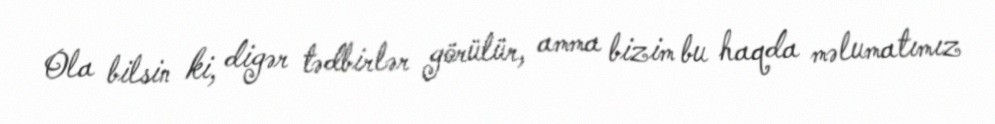
Ola bilsin ki, digər tədbirlər görülür, amma bizim bu haqda məlumatımız